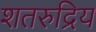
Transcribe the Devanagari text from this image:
शतरुद्रिय